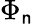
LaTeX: \Phi_{\mathsf{n}}